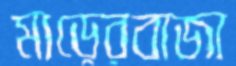
মাড়েরবাজা